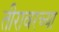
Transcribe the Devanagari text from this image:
तीरावरच्या